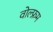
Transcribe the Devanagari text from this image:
वोल्फ्रम